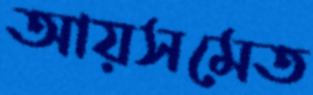
আয়সমেত